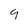
Character: 9